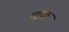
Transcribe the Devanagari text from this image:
ग्ट्क